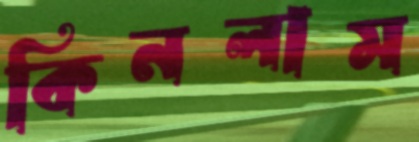
কিনলাম